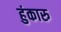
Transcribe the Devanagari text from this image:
हुंकारु